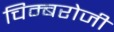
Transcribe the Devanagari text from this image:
चिम्बरोजी